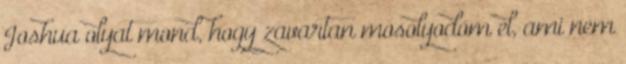
Joshua olyat mond, hogy zavartan mosolyodom el, ami nem